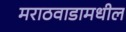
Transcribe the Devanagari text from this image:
मराठवाडामधील